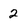
Character: 2